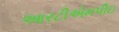
આરટીએમપીઇ